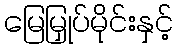
မြေမြှုပ်မိုင်းနှင့်